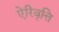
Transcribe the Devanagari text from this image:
ऐरिवृत्ति